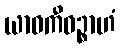
ယာဝကီဝဉ္စာဟံ